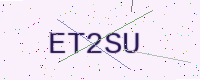
Text: ET2SU